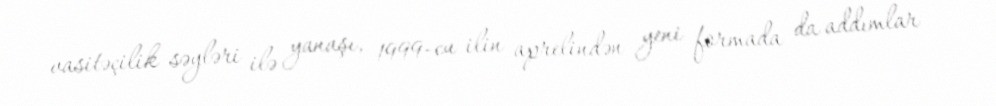
vasitəçilik səyləri ilə yanaşı, 1999-cu ilin aprelindən yeni formada da addımlar